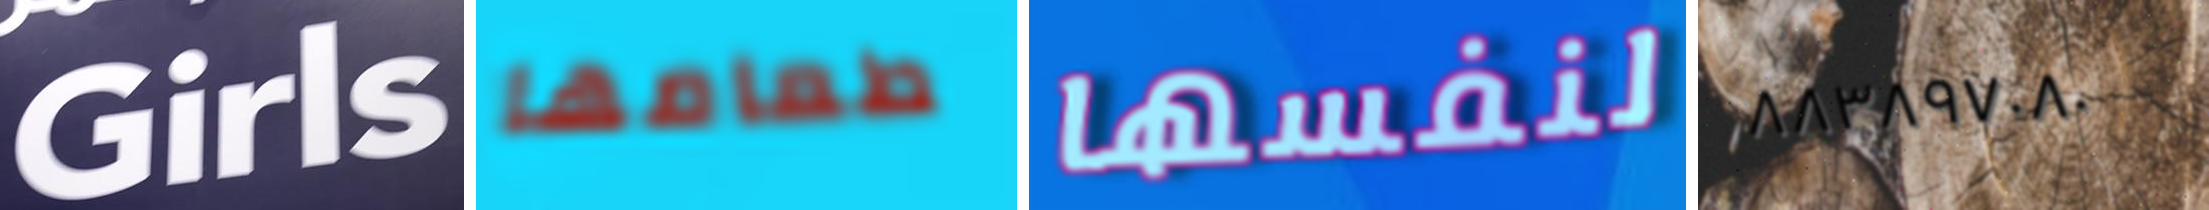
Girls طعامها لنفسها ٨٨٣٨٩٧٠٨٠